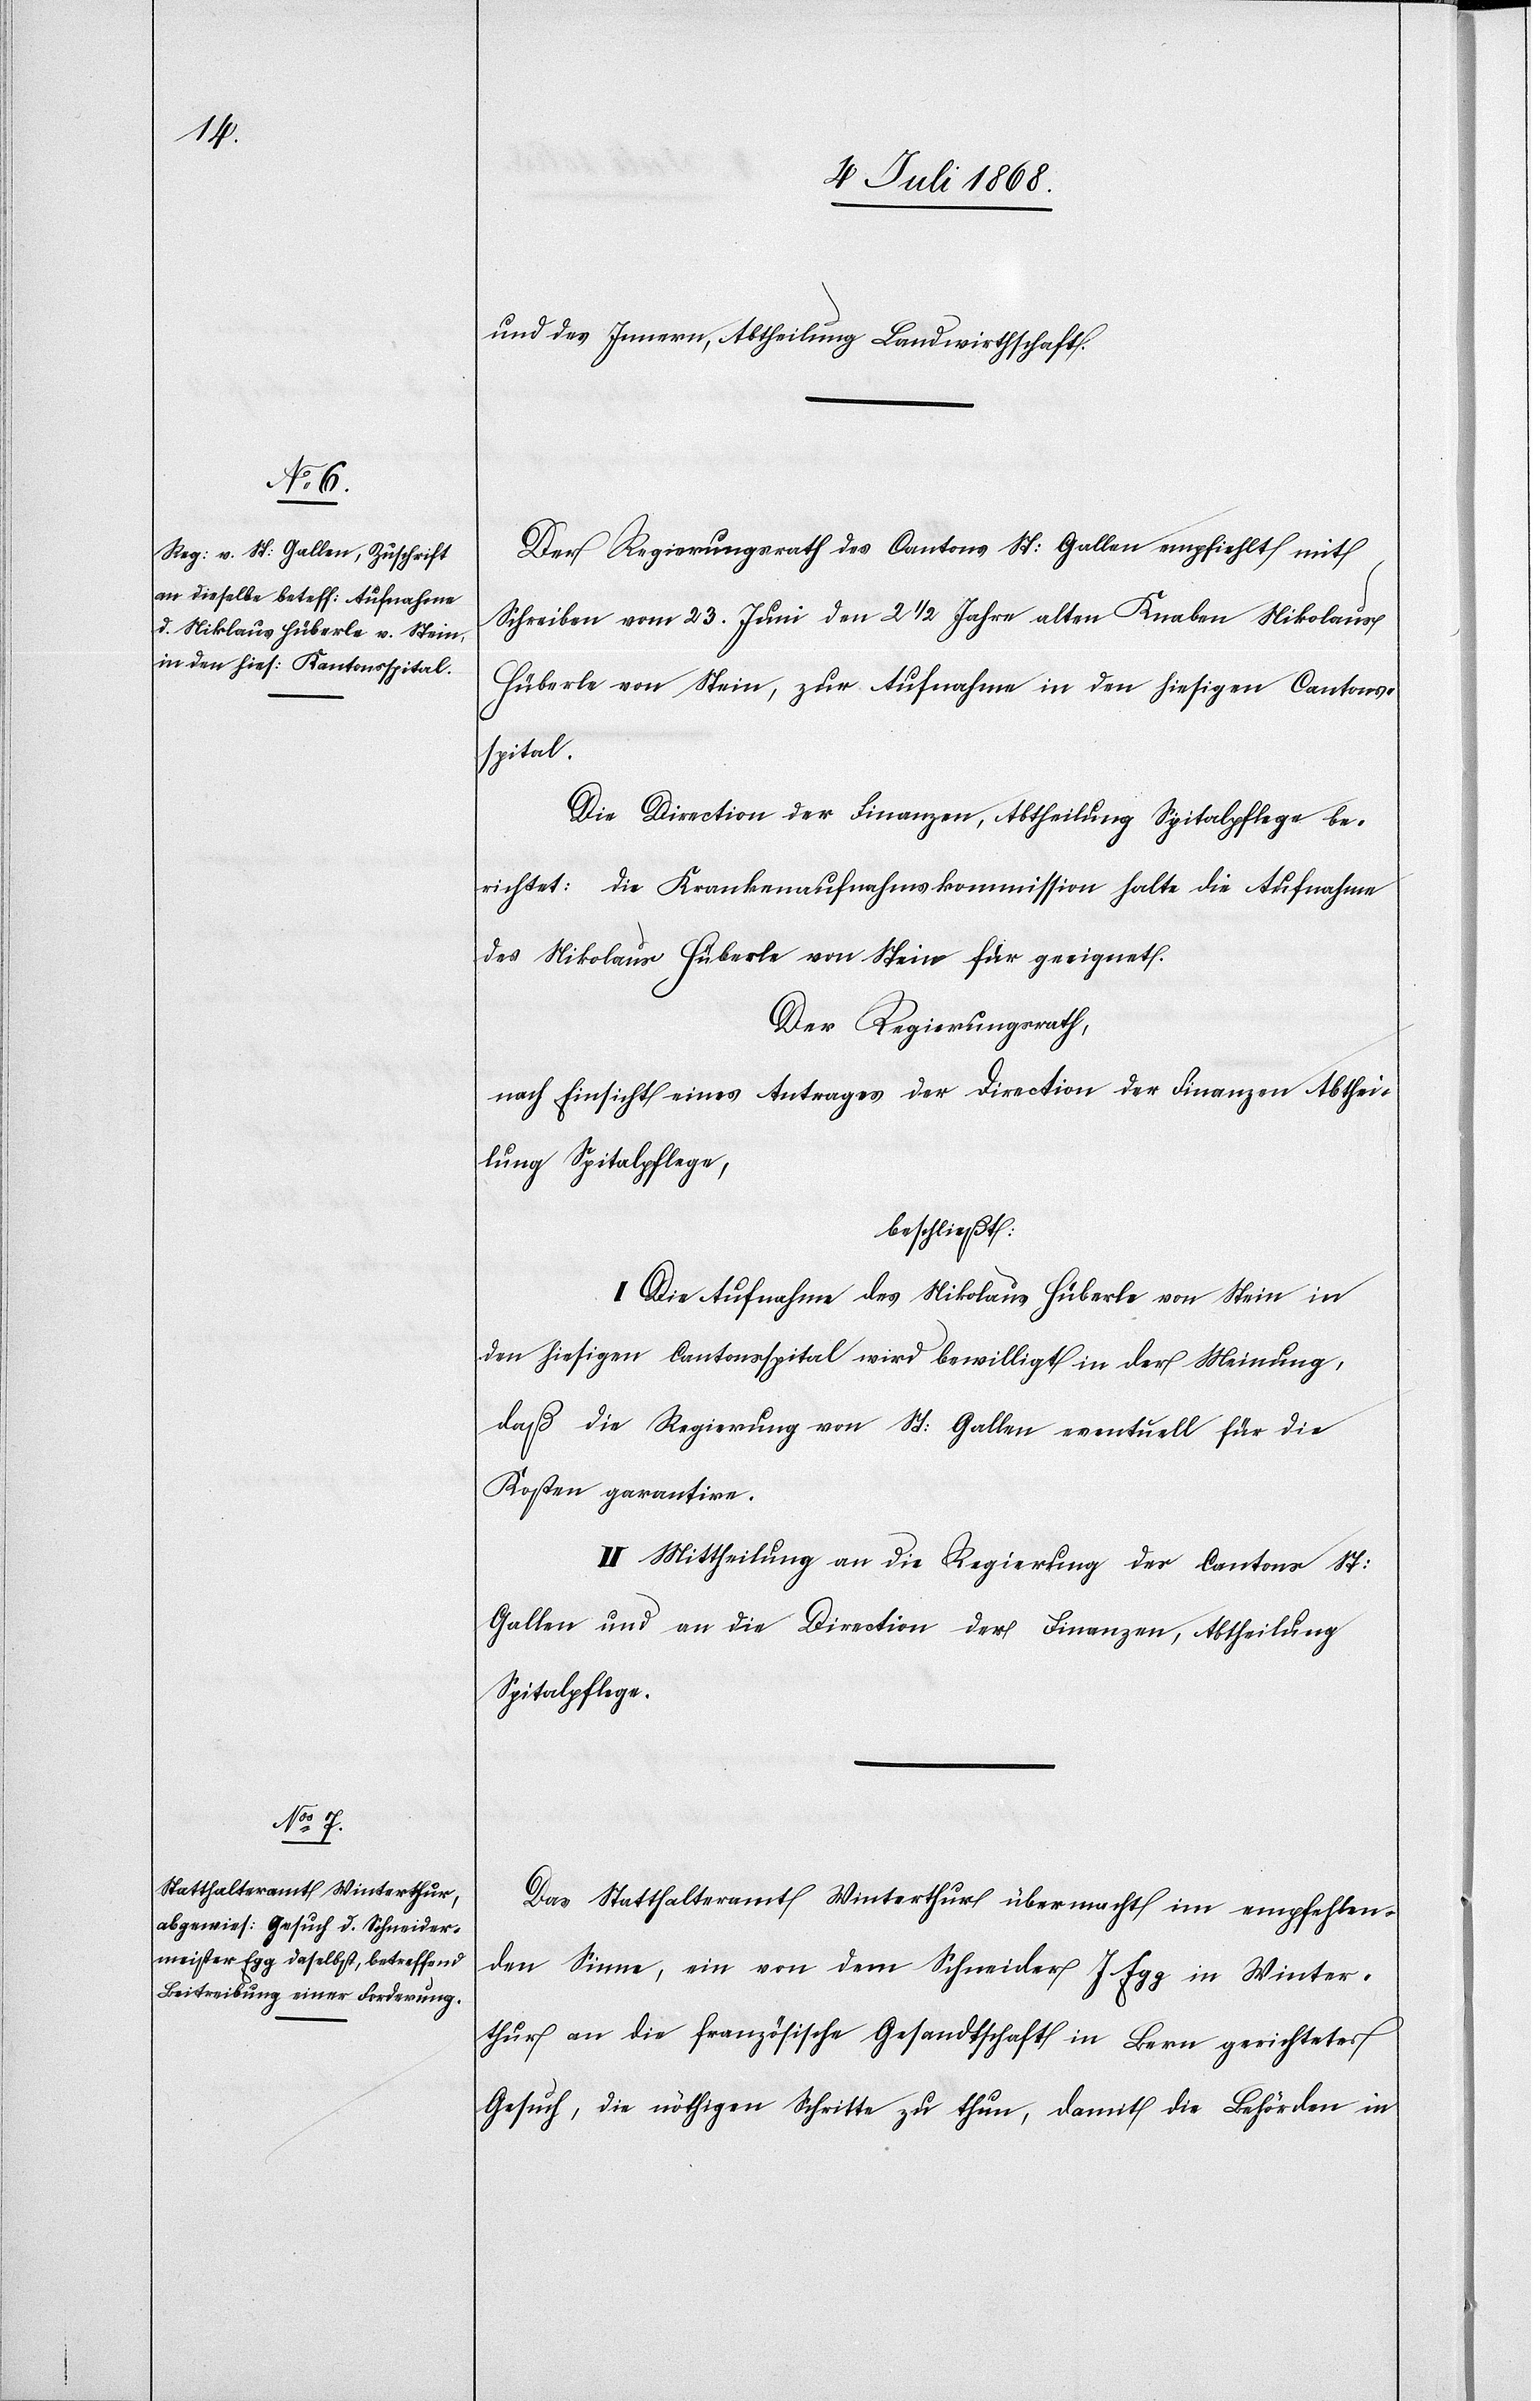
und des Innern, Abtheilung Landwirthschaft.
Der Regierungsrath des Cantons St: Gallen empfiehlt mit
Schreiben vom 23. Juni den 2 1/2 Jahre alten Knaben Nikolaus
Hüberle von Stein, zur Aufnahme in den hiesigen Cantons¬
spital.
Die Direction der Finanzen, Abtheilung Spitalpflege be¬
richtet: Die Krankenaufnahmskommission halte die Aufnahme
des Nikolaus Hüberle von Stein für geeignet.
Der Regierungsrath,
nach Einsicht eines Antrages der Direction der Finanzen Abthei¬
lung Spitalpflege,
beschließt:
I. Die Aufnahme des Nikolaus Hüberle von Stein in
den hiesigen Cantonsspital wird bewilligt in der Meinung,
daß die Regierung von St: Gallen eventuell für die
Kosten garantire.
II. Mittheilung an die Regierung des Cantons St:
Gallen und an die Direction der Finanzen, Abtheilung
Spitalpflege.
Das Statthalteramt Winterthur übermacht im empfehlen¬
den Sinne, ein von dem Schneider J. Egg in Winter¬
thur an die französische Gesandtschaft in Bern gerichtetes
Gesuch, die nöthigen Schritte zu thun, damit die Behörden in